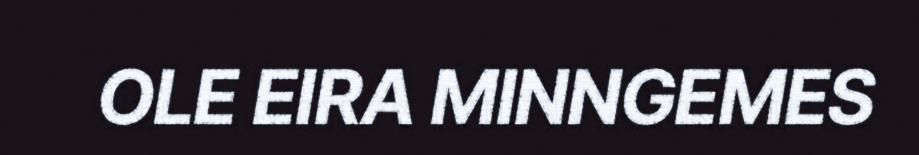
OLE EIRA MINNGEMES